Report on horse surra - Volume II, Part II
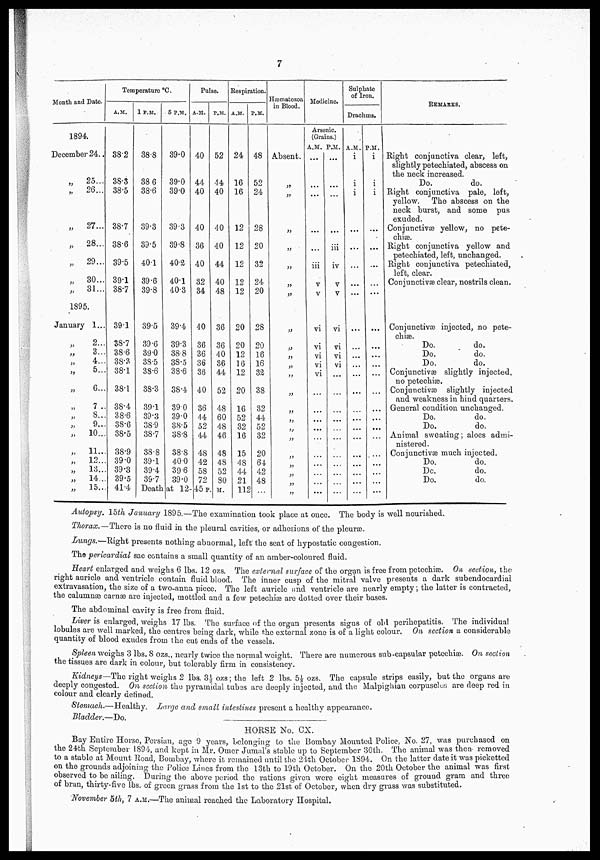
7
Month and Date.
1894.
December 24..
„
25...
„
26 ...
„
27...
„
28 ...
„
29...
„
30...
„ 81...
1895.
January 1...
„
2 ...
„
3..
„
4 ...
„
5 ...
6..
„
7.
„
8..
9..
„
10..
„
11..
„
12..
„
13..
„
14 ...
„
15..
Temperature °C.
A.M.
38.2
38.3
38.5
38.7
38.6
39.5
39.1
38.7
39.1
38.7
38.6
38.3
38.1
38.1
38.4
38.6
38.6
38.5
. 38.9
39.0
39.3
39.5
41.4
1 P.M.
38.8
38 6
38.6
39.3
39.5
40.1
39.6
39.8
39.5
39.6
39.0
38.5
38.6
38'3
39.1
39.3
38.9
38.7
38..8
39.1
39.4
39.7
5 P.M.
39.0
39.0
39.0
39.3
39.8
40.2
40.1
40.3
39.4
39.3
38..8
38.5
38.6
38.4
390
39.0
38.5
38.8
38.8
400
396
39.0
Pulse.
A.M.
40
44
40
40
36
40
32
34
40
36
36
36
36
40
36
44
52
44
48
42
58
72
P.M.
52
44
40
40
40
44
40
48
36
36
40
36
44
52
48
60
48
46
48
48
52
80
Deathat 12-45 P. M.
Respiration.
A.M.
24
16
16
12
12
12
12
12
20
20
12
16
12
20
16
52
32
16
15
48
44
21
112
P.M.
48
52
24
28
20
32
24
20
28
20
16
16
32
38
32
44
52
32
20
64
42
48
...
Hæmatozoa
in Blood.
Absent.
„
„
„
„
„
„
„
„
„
„
„
„
„
„
„
„
„
„
Medicine.
Arsenic.
(Grains.)
A.M.
...
...
...
iii
v
v
vi
vi
vi
vi
vi
...
...
...
...
...
...
...
...
...
...
P.M.
...
iii
iv
v
v
vi
vi
vi
vi
...
....
...
...
...
...
...
...
...
...
Sulphate
of Iron.
Drachms.
A.M.
i
i
i
...
...
...
...
...
...
...
...
...
...
...
...
...
...
...
...
...
...
...
...
P.M.
i
i
i
...
...
...
...
...
...
...
...
...
...
...
...
...
...
...
...
...
...
...
REMARKS.
Right conjunctiva clear, left,
slightly petechiated, abscess on
the neck increased.
Do.
do.
Right conjunctiva pale, left,
yellow. The abscess on the
neck burst, and some pus
exuded.
Conjunctivæ yellow, no pete
chiæ.
Right conjunctiva yellow and
petechiated, left, unchanged.
Right conjunctiva petechiated,
left, clear.
Conjunctivæ clear, nostrils clean.
Conjunctivæ injected, no pete
chiæ.
Do.
do.
Do.
do.
Do.
do.
Conjunctivas slightly iniected,
no petechias.
Conjunctivæ slightly in, ^cted
and weakness in hind quarters.
General condition unchanged
Do.
do.
Do.
do.
Animal sweating; aloes admi
nistered.
Conjunctivæ much injected.
Do.
do.
Do.
do.
Do.
do.
Autopsy. 15th January 1895.—The examination took place at once. The body is well nourished.
Thorax.—There is no fluid in the pleural cavities, or adhesions of the pleuræ.
Lungs.—Right presents nothing abnormal, left the seat of hypostatic congestion.
The pericardial sac contains a small quantity of an amber-coloured fluid.
Heart enlarged and weighs 6 lbs. 12 ozs. The external surface of the organ is free from petechiæ. On section, the
right auricle and ventricle contain fluid blood. The inner cusp of the mitral valve presents a dark subendocaidial
extravasation, the size of a two-anna piece. The left auricle and ventricle are nearly empty; the latter is contracted,
the calumnas carnse are injected, mottled and a few petechias are dotted over their bases.
The abdominal cavity is free from fluid.
Liver is enlarged, weighs 17 lbs. The surface of the organ presents signs of old perihepatitis. The individual.
lobules are well marked, the centres being dark, while the external zone is of a light colour. On section a considerable
quantity of blood exudes from the cut ends of the vessels.
Spleen weighs 3 lbs. 8 ozs., nearly twice the normal weight. There are numerous sub-capsular petechias. On section
the tissues are dark in colour, but tolerably firm in consistency.
Kidneys-Tho right weighs 2 lbs. 3½ ozs; the left 2 lbs. 5⅓ ozs. The capsule strips easily, but the organs are
deeply congested, on section the pyramidal tubes are deeply injected, and the Malpighian corpuscles are deep red in
colour and clearly defined.
Stomach.—Healthy.
Large and small intestines present a healthy appearance.
Bladder.—Do.
HORSE No. CX.
Bay Entire Horse, Persian, age 9 years, belonging to the Bombay Mounted Police No. 27 was purchased on
the 24th September 1894, and kept in Mr. Omer Jumal's stable up to September 30th. The animal was then removed
to a stable at Mount Road, Bombay, where it remained until the 24th October 1S94. On the latter date it was picketted
on the grounds adjoining the Police Lines from the 18th to 19th October. On the 20th October the animal was first
observed to be ailing. During the above period the rations given were eight measures of ground gram
of bran, thirty-five lbs. of green grass from the 1st to the 21st of October, when dry grass was substituted.
November 5th, 7 A.M.—The animal reached the Laboratory Hospital.